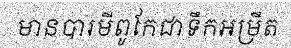
មានបារមីពូកែជាទឹកអម្រឹត